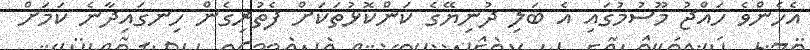
އެހެންވެ ހައްޖު މޫސުމުގައި އެ ބަލި ދުނިޔޭގެ ކަންކޮޅުތަކަށް ފެތުރިގެން ހިނގައިދާނެ ކަމަށް